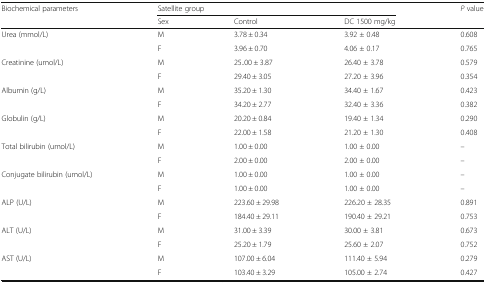
<table><thead><tr><td rowspan="2"><b>Biochemical parameters</b></td><td colspan="3"><b>Satellite group</b></td><td rowspan="2"><b><i>P</i> value</b></td></tr><tr><td><b>Sex</b></td><td><b>Control</b></td><td><b>DC 1500 mg/kg</b></td></tr></thead><tbody><tr><td rowspan="2">Urea (mmol/L)</td><td>M</td><td>3.78 ± 0.34</td><td>3.92 ± 0.48</td><td>0.608</td></tr><tr><td>F</td><td>3.96 ± 0.70</td><td>4.06 ± 0.17</td><td>0.765</td></tr><tr><td rowspan="2">Creatinine (umol/L)</td><td>M</td><td>25..00 ± 3.87</td><td>26.40 ± 3.78</td><td>0.579</td></tr><tr><td>F</td><td>29.40 ± 3.05</td><td>27.20 ± 3.96</td><td>0.354</td></tr><tr><td rowspan="2">Albumin (g/L)</td><td>M</td><td>35.20 ± 1.30</td><td>34.40 ± 1.67</td><td>0.423</td></tr><tr><td>F</td><td>34.20 ± 2.77</td><td>32.40 ± 3.36</td><td>0.382</td></tr><tr><td rowspan="2">Globulin (g/L)</td><td>M</td><td>20.20 ± 0.84</td><td>19.40 ± 1.34</td><td>0.290</td></tr><tr><td>F</td><td>22.00 ± 1.58</td><td>21.20 ± 1.30</td><td>0.408</td></tr><tr><td rowspan="2">Total bilirubin (umol/L)</td><td>M</td><td>1.00 ± 0.00</td><td>1.00 ± 0.00</td><td>–</td></tr><tr><td>F</td><td>2.00 ± 0.00</td><td>2.00 ± 0.00</td><td>–</td></tr><tr><td rowspan="2">Conjugate bilirubin (umol/L)</td><td>M</td><td>1.00 ± 0.00</td><td>1.00 ± 0.00</td><td>–</td></tr><tr><td>F</td><td>1.00 ± 0.00</td><td>1.00 ± 0.00</td><td>–</td></tr><tr><td rowspan="2">ALP (U/L)</td><td>M</td><td>223.60 ± 29.98</td><td>226.20 ± 28.35</td><td>0.891</td></tr><tr><td>F</td><td>184.40 ± 29.11</td><td>190.40 ± 29.21</td><td>0.753</td></tr><tr><td rowspan="2">ALT (U/L)</td><td>M</td><td>31.00 ± 3.39</td><td>30.00 ± 3.81</td><td>0.673</td></tr><tr><td>F</td><td>25.20 ± 1.79</td><td>25.60 ± 2.07</td><td>0.752</td></tr><tr><td rowspan="2">AST (U/L)</td><td>M</td><td>107.00 ± 6.04</td><td>111.40 ± 5.94</td><td>0.279</td></tr><tr><td>F</td><td>103.40 ± 3.29</td><td>105.00 ± 2.74</td><td>0.427</td></tr></tbody></table>